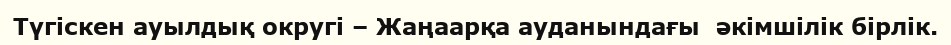
Түгіскен ауылдық округі – Жаңаарқа ауданындағы  әкімшілік бірлік.